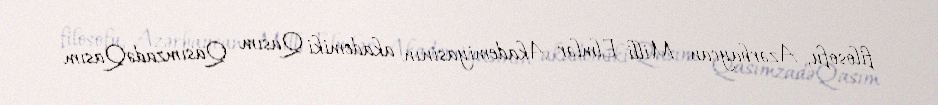
filosofu, Azərbaycan Milli Elmlər Akademiyasının akademiki Qasım QasımzadəQasım